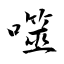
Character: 噬